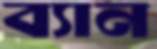
ব্যান